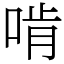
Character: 啃